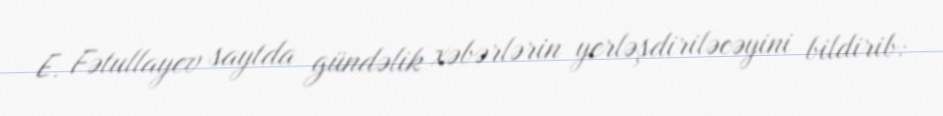
E. Fətullayev saytda gündəlik xəbərlərin yerləşdiriləcəyini bildirib: